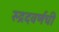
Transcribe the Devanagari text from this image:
रुद्रदवर्णची